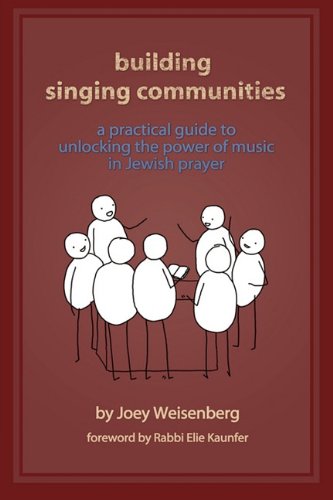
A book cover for Building Singing Communities: A Practical Guide to Unlocking the Power of Music in Jewish Prayer; Joey Weisenberg; Religion & Spirituality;